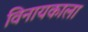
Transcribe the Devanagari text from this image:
विनायकाला